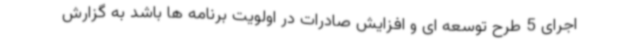
اجرای 5 طرح توسعه ای و افزایش صادرات در اولویت برنامه ها باشد به گزارش